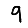
Digit: 9